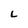
Character: L